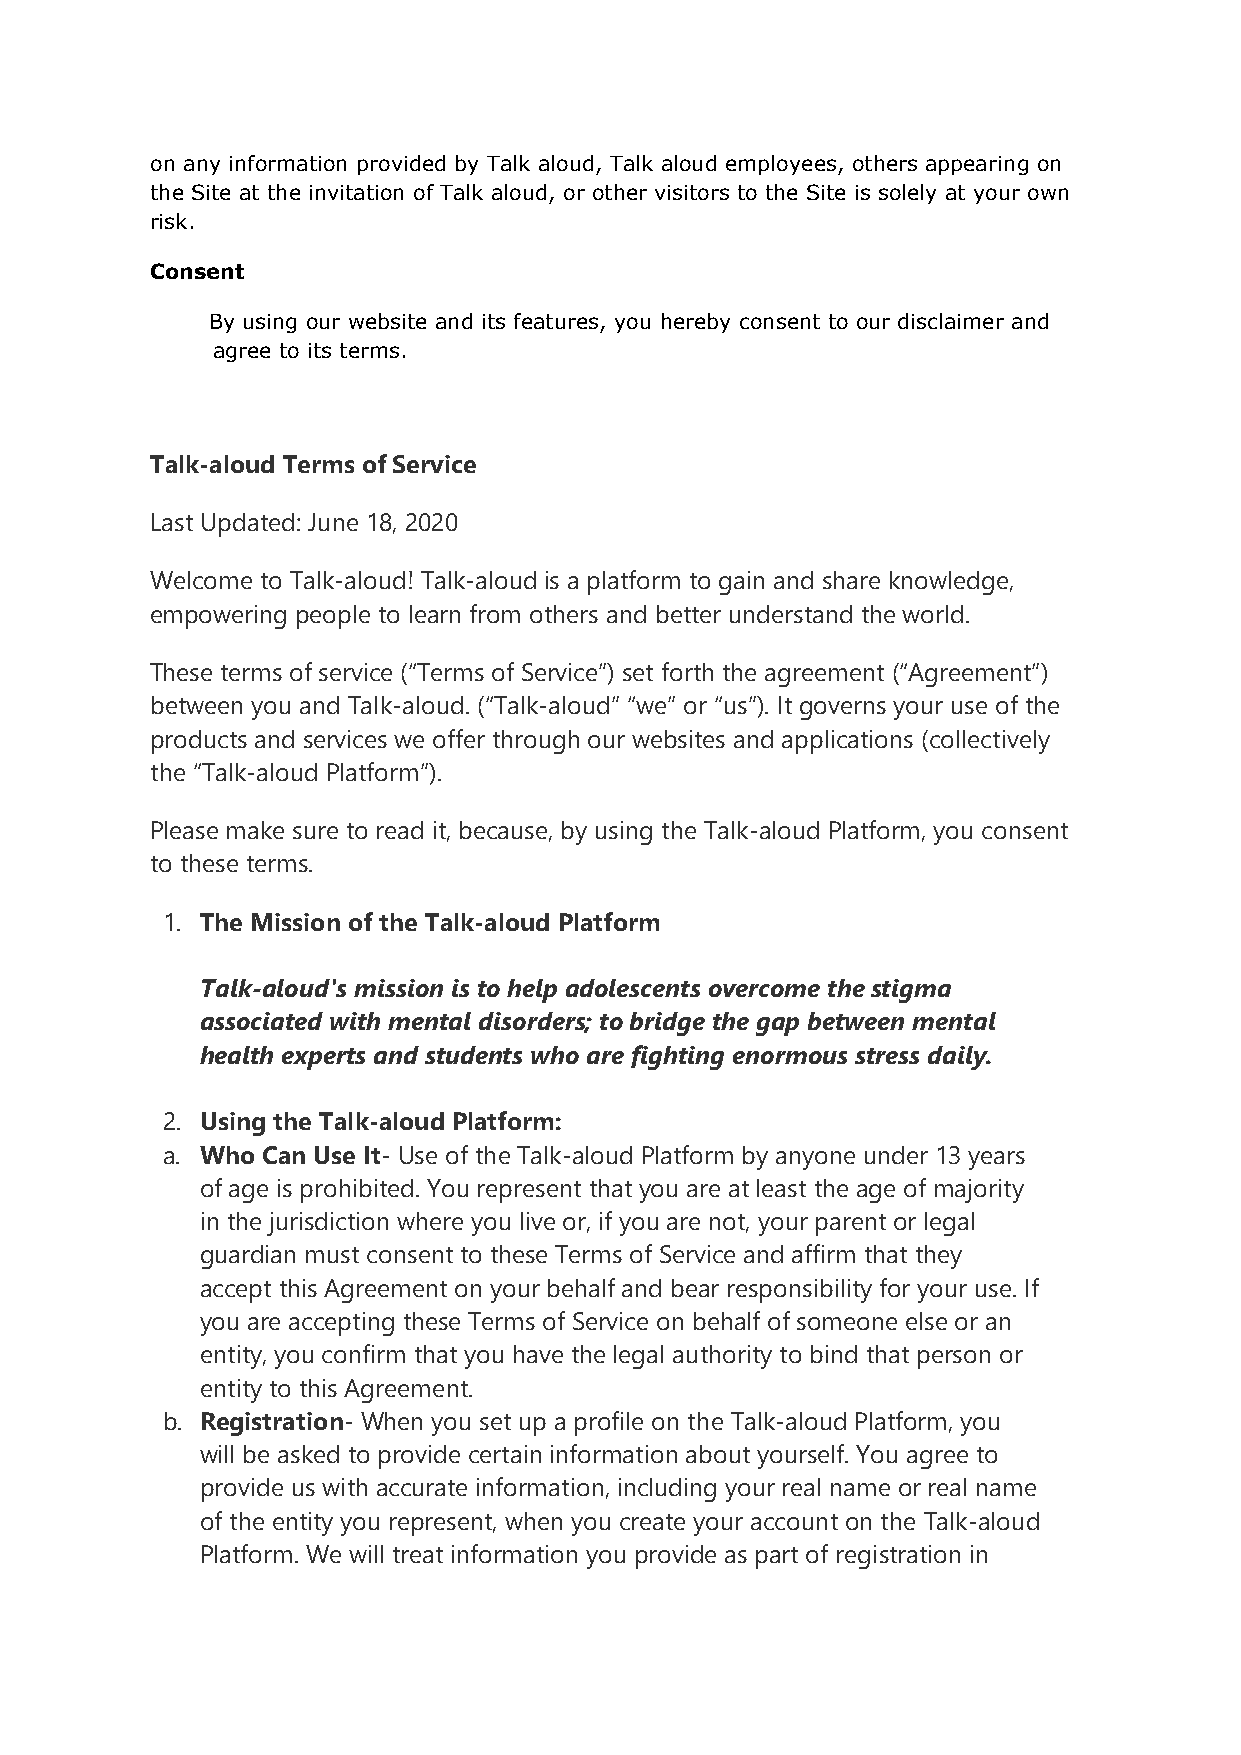
on any information provided by Talk aloud, Talk aloud employees, others appearing on
 the Site at the invitation of Talk aloud, or other visitors to the Site is solely at your own
 risk.
 Consent
 By using our website and its features, you hereby consent to our disclaimer and
 agree to its terms.
 Talk-aloud Terms of Service
 Last Updated: June 18, 2020
 Welcome to Talk-aloud! Talk-aloud is a platform to gain and share knowledge,
 empowering people to learn from others and better understand the world.
 These terms of service (“Terms of Service”) set forth the agreement (“Agreement”)
 between you and Talk-aloud. (“Talk-aloud” “we” or “us”). It governs your use of the
 products and services we offer through our websites and applications (collectively
 the “Talk-aloud Platform”).
 Please make sure to read it, because, by using the Talk-aloud Platform, you consent
 to these terms.
 1. The Mission of the Talk-aloud Platform
 Talk-aloud's mission is to help adolescents overcome the stigma
 associated with mental disorders; to bridge the gap between mental
 health experts and students who are fighting enormous stress daily.
 2. Using the Talk-aloud Platform:
 a. Who Can Use It- Use of the Talk-aloud Platform by anyone under 13 years
 of age is prohibited. You represent that you are at least the age of majority
 in the jurisdiction where you live or, if you are not, your parent or legal
 guardian must consent to these Terms of Service and affirm that they
 accept this Agreement on your behalf and bear responsibility for your use. If
 you are accepting these Terms of Service on behalf of someone else or an
 entity, you confirm that you have the legal authority to bind that person or
 entity to this Agreement.
 b. Registration- When you set up a profile on the Talk-aloud Platform, you
 will be asked to provide certain information about yourself. You agree to
 provide us with accurate information, including your real name or real name
 of the entity you represent, when you create your account on the Talk-aloud
 Platform. We will treat information you provide as part of registration in